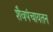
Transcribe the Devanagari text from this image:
शैवपंचायतन